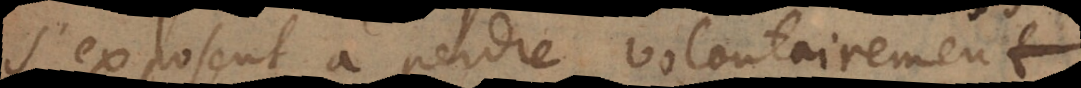
s’exposent à perdre volontairement